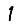
Digit: 1